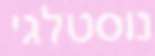
נוסטלגי